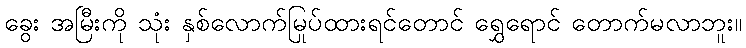
ခွေး အမြီးကို သုံး နှစ်လောက်မြုပ်ထားရင်တောင် ရွှေရောင် တောက်မလာဘူး။